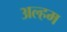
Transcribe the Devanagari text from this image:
अल्हम